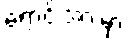
ရောင်းအားမှာ